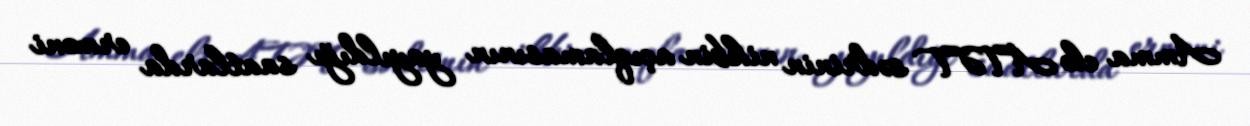
Amma elə ATƏT sədrinin nikbin açıqlamasının yayıldığı saatlarda erməni